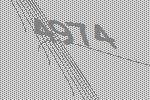
4974